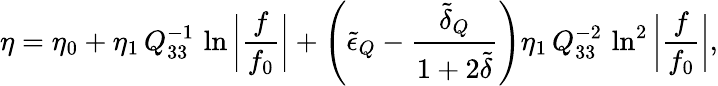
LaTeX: \eta=\eta_{0}+\eta_{1}\, Q_{33}^{-1}\, \ln{\bigg|\frac{f}{f_{0}}\bigg|}+\left(\tilde{\epsilon}_{Q}-\frac{\tilde{\delta}_{Q}}{1+2\tilde{\delta}}\right)\eta_{1}\, Q_{33}^{-2}\, \ln^{2}{\bigg|\frac{f}{f_{0}}\bigg|},